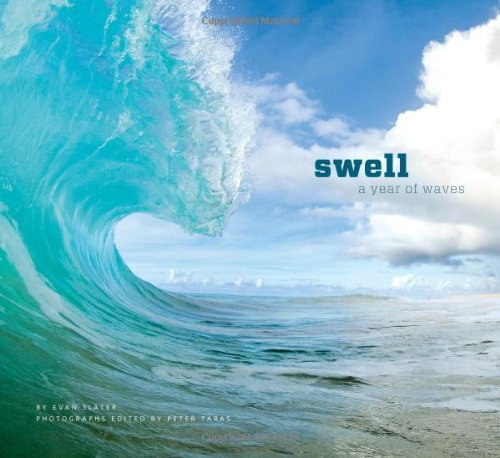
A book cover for Swell: A Year of Waves; Evan Slater; Science & Math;